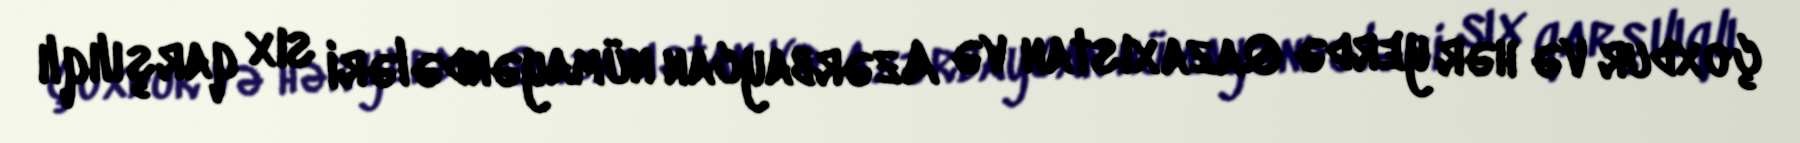
çoxdur və hər yerdə Qazaxıstan və Azərbaycan nümayəndələri sıx qarşılıqlı